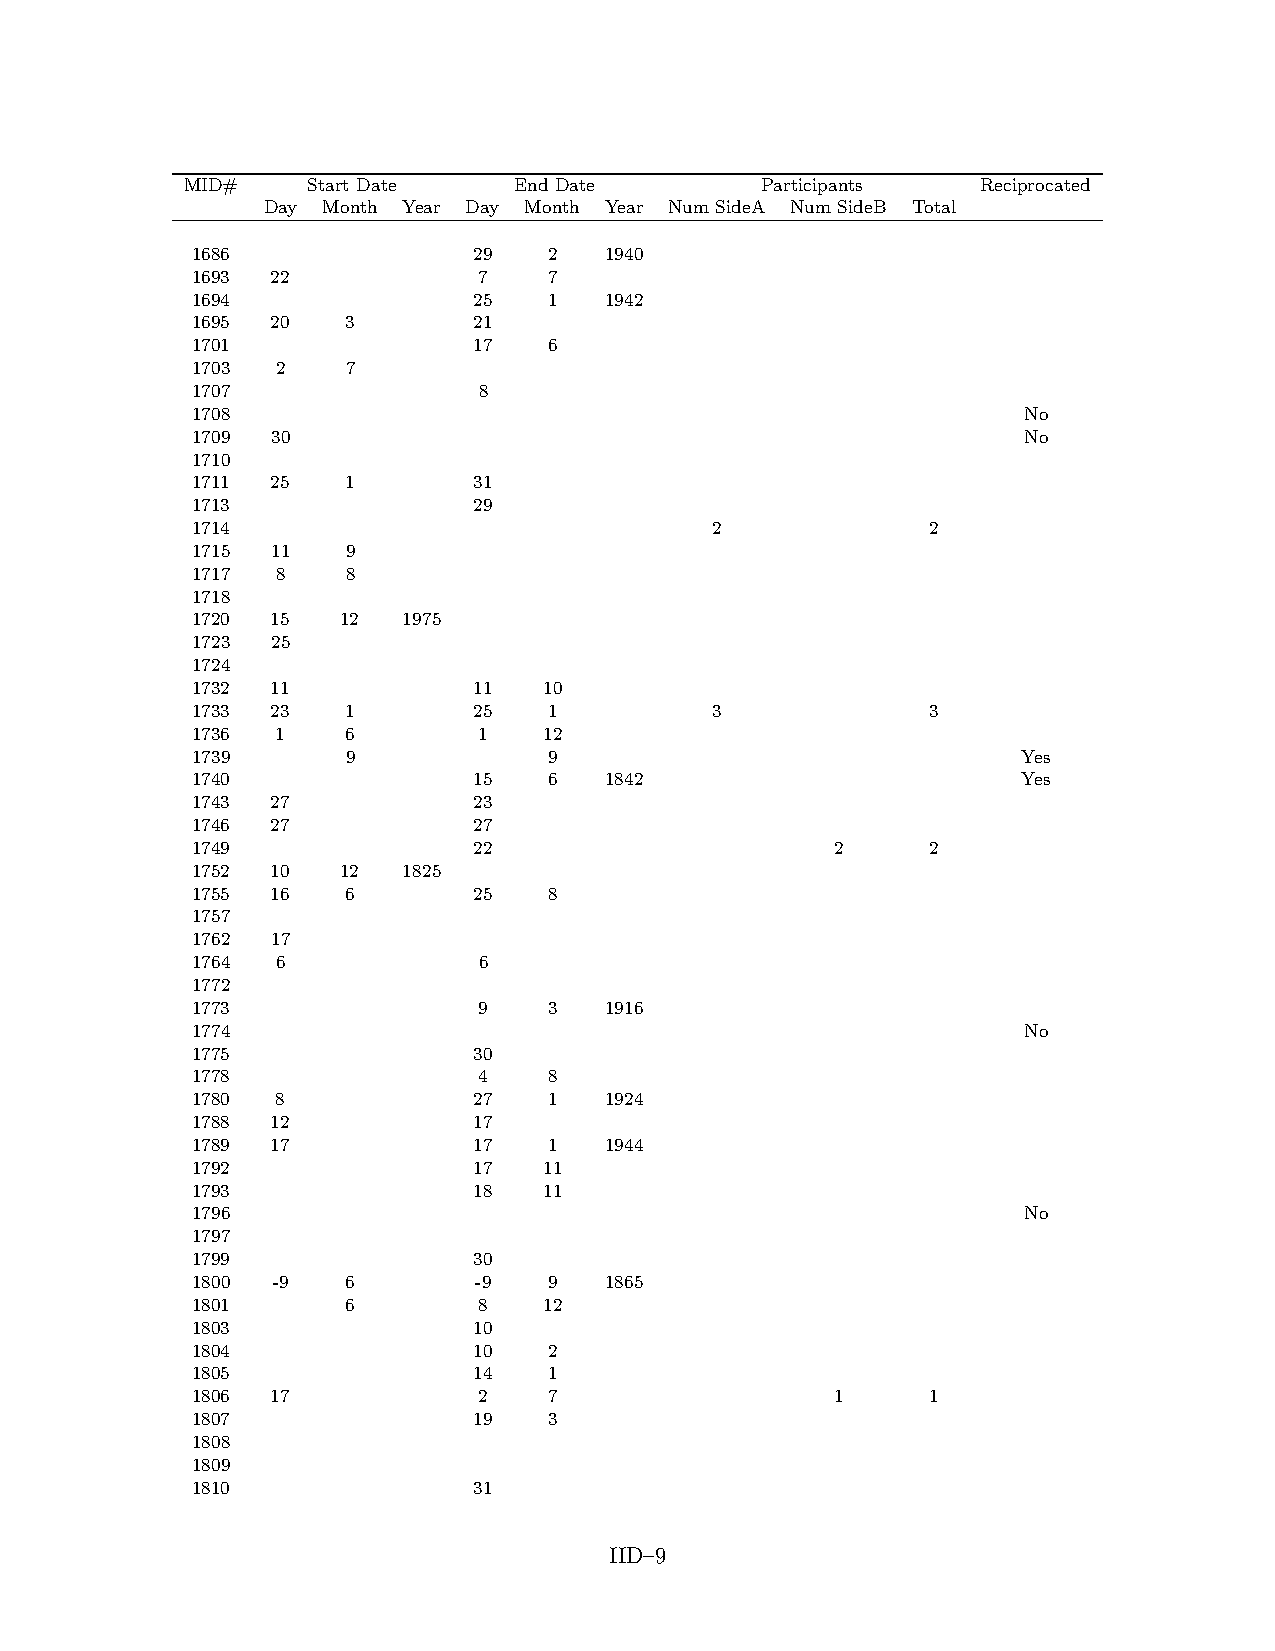
MID#    Start Date    End Date        Participants   Reciprocated
 Day Month Year Day Month Year Num SideA Num SideB Total
 1686              29   2   1940
 1693 22            7   7
 1694              25   1   1942
 1695 20   3       21
 1701              17   6
 1703 2    7
 1707               8
 1708                                                   No
 1709 30                                                No
 1710
 1711 25   1       31
 1713              29
 1714                              2              2
 1715 11   9
 1717 8    8
 1718
 1720 15   12  1975
 1723 25
 1724
 1732 11           11   10
 1733 23   1       25   1          3              3
 1736 1    6        1   12
 1739      9            9                               Yes
 1740              15   6   1842                        Yes
 1743 27           23
 1746 27           27
 1749              22                      2      2
 1752 10   12  1825
 1755 16   6       25   8
 1757
 1762 17
 1764 6             6
 1772
 1773               9   3   1916
 1774                                                   No
 1775              30
 1778               4   8
 1780 8            27   1   1924
 1788 12           17
 1789 17           17   1   1944
 1792              17   11
 1793              18   11
 1796                                                   No
 1797
 1799              30
 1800 -9   6       -9   9   1865
 1801      6        8   12
 1803              10
 1804              10   2
 1805              14   1
 1806 17            2   7                  1      1
 1807              19   3
 1808
 1809
 1810              31
 IID–9